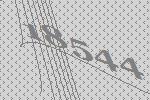
18544